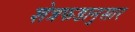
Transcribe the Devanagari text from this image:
शेत्रफडानुसार